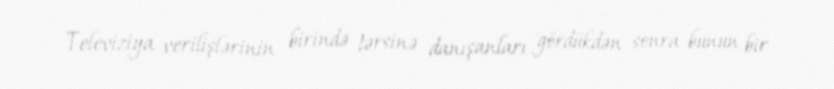
Televiziya verilişlərinin birində tərsinə danışanları gördükdən sonra bunun bir